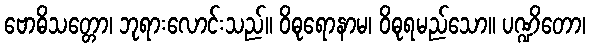
ဗောဓိသတ္တော၊ ဘုရားလောင်းသည်။ ဝိဓုရောနာမ၊ ဝိဓုရမည်သော။ ပဏ္ဍိတော၊